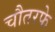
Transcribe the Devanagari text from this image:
चौतरफे